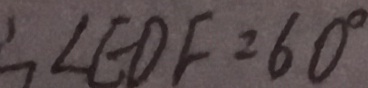
\therefore \angle E D F = 6 0 ^ { \circ }